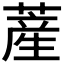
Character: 𦸰